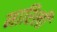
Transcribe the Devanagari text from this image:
मारिली